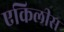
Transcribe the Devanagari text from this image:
एकिलीस